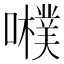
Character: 𡃾